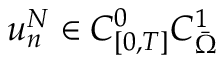
u _ { n } ^ { N } \in C _ { [ 0 , T ] } ^ { 0 } C _ { \Bar { \Omega } } ^ { 1 }